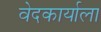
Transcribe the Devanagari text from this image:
वेदकार्याला